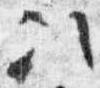
次